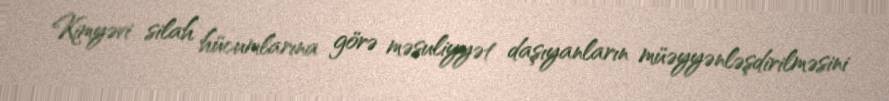
Kimyəvi silah hücumlarına görə məsuliyyət daşıyanların müəyyənləşdirilməsini